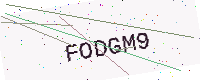
Text: FODGM9